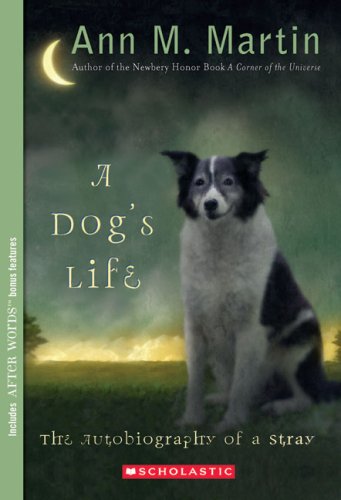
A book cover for A Dog's Life: Autobiography of a Stray; Ann M. Martin; Children's Books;